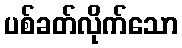
ပစ်ခတ်လိုက်သော